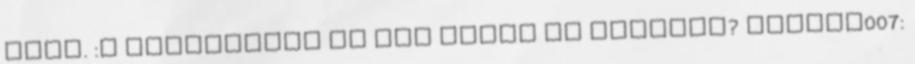
jött. :D Külföldről is elő tudok rá fizetni? strucc007: